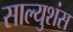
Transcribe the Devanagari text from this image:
साल्युशंस